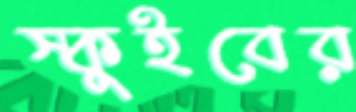
স্কুইবের